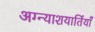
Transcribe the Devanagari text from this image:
अग्न्याशयार्तियाँ